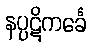
နပ္ပဋိကင်္ခေ